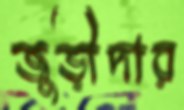
জুড়ীদার